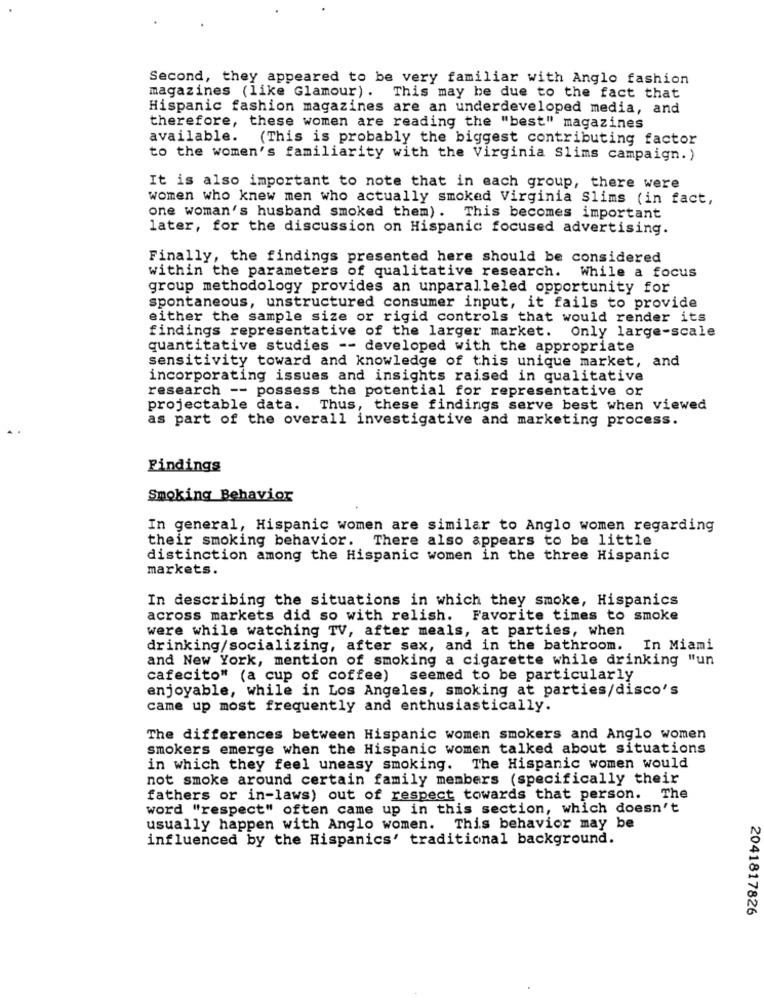
Second, they appeared to be very familiar with Anglo fashion
magazines (like Glamour) .
This may be due to the fact that
Hispanic fashion magazines are an underdeveloped media, and
therefore, these women are reading the "best" magazines
available.
(This is probably the biggest contributing factor
to the women's familiarity with the Virginia Slims campaign.)
It is also important to note that in each group, there were
women who knew men who actually smoked Virginia Slims (in fact,
one woman's husband smoked them). This becomes important
later, for the discussion on Hispanic focused advertising.
Finally, the findings presented here should be considered
within the parameters of qualitative research.
While a focus
group methodology provides an unparalleled opportunity for
spontaneous, unstructured consumer input, it fails to provide
either the sample size or rigid controls that would render its
findings representative of the larger market. Only large-scale
quantitative studies -- developed with the appropriate
sensitivity toward and knowledge of this unique market, and
incorporating issues and insights raised in qualitative
research -- possess the potential for representative or
projectable data. Thus, these findings serve best when viewed
as part of the overall investigative and marketing process.
.
Findings
Smoking Behavior
In general, Hispanic women are similar to Anglo women regarding
their smoking behavior. There also appears to be little
distinction among the Hispanic women in the three Hispanic
markets.
In describing the situations in which they smoke, Hispanics
across markets did so with relish. Favorite times to smoke
were while watching TV, after meals, at parties, when
drinking/socializing, after sex, and in the bathroom. In Miami
and New York, mention of smoking a cigarette while drinking "un
cafecito" (a cup of coffee)
seemed to be particularly
enjoyable, while in Los Angeles, smoking at parties/disco's
came up most frequently and enthusiastically.
The differences between Hispanic women smokers and Anglo women
smokers emerge when the Hispanic women talked about situations
in which they feel uneasy smoking. The Hispanic women would
not smoke around certain family members (specifically their
fathers or in-laws) out of respect towards that person. The
word "respect" often came up in this section, which doesn't
usually happen with Anglo women. This behavior may be
influenced by the Hispanics' traditional background.
2041817826